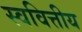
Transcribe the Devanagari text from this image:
स्ववित्तीय